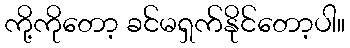
ကို့ကိုတော့ ခင်မရှက်နိုင်တော့ပါ။